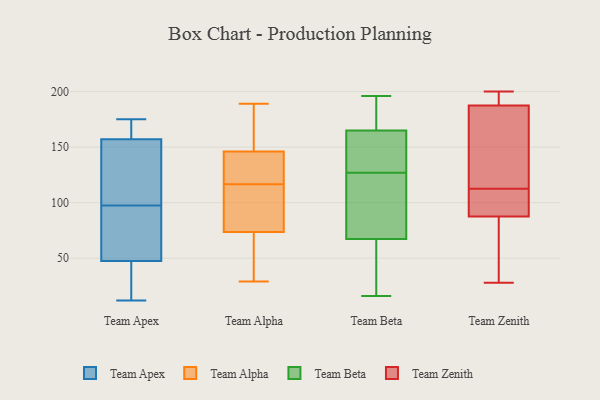
{"axis": {"x": "Temperature (°C)", "y": "Value"}, "legend": ["Team Alpha", "Team Apex", "Team Beta", "Team Zenith"], "data": [{"x": "", "y": 102, "type": "Team Apex"}, {"x": "", "y": 91, "type": "Team Apex"}, {"x": "", "y": 16, "type": "Team Apex"}, {"x": "", "y": 93, "type": "Team Apex"}, {"x": "", "y": 164, "type": "Team Apex"}, {"x": "", "y": 175, "type": "Team Apex"}, {"x": "", "y": 150, "type": "Team Apex"}, {"x": "", "y": 12, "type": "Team Apex"}, {"x": "", "y": 170, "type": "Team Apex"}, {"x": "", "y": 72, "type": "Team Apex"}, {"x": "", "y": 149, "type": "Team Apex"}, {"x": "", "y": 23, "type": "Team Apex"}, {"x": "", "y": 49, "type": "Team Alpha"}, {"x": "", "y": 75, "type": "Team Alpha"}, {"x": "", "y": 89, "type": "Team Alpha"}, {"x": "", "y": 189, "type": "Team Alpha"}, {"x": "", "y": 47, "type": "Team Alpha"}, {"x": "", "y": 66, "type": "Team Alpha"}, {"x": "", "y": 189, "type": "Team Alpha"}, {"x": "", "y": 96, "type": "Team Alpha"}, {"x": "", "y": 138, "type": "Team Alpha"}, {"x": "", "y": 147, "type": "Team Alpha"}, {"x": "", "y": 165, "type": "Team Alpha"}, {"x": "", "y": 89, "type": "Team Alpha"}, {"x": "", "y": 72, "type": "Team Alpha"}, {"x": "", "y": 106, "type": "Team Alpha"}, {"x": "", "y": 29, "type": "Team Alpha"}, {"x": "", "y": 130, "type": "Team Alpha"}, {"x": "", "y": 152, "type": "Team Alpha"}, {"x": "", "y": 127, "type": "Team Alpha"}, {"x": "", "y": 145, "type": "Team Alpha"}, {"x": "", "y": 130, "type": "Team Alpha"}, {"x": "", "y": 168, "type": "Team Beta"}, {"x": "", "y": 196, "type": "Team Beta"}, {"x": "", "y": 164, "type": "Team Beta"}, {"x": "", "y": 127, "type": "Team Beta"}, {"x": "", "y": 65, "type": "Team Beta"}, {"x": "", "y": 107, "type": "Team Beta"}, {"x": "", "y": 68, "type": "Team Beta"}, {"x": "", "y": 157, "type": "Team Beta"}, {"x": "", "y": 163, "type": "Team Beta"}, {"x": "", "y": 84, "type": "Team Beta"}, {"x": "", "y": 64, "type": "Team Beta"}, {"x": "", "y": 186, "type": "Team Beta"}, {"x": "", "y": 16, "type": "Team Beta"}, {"x": "", "y": 28, "type": "Team Zenith"}, {"x": "", "y": 112, "type": "Team Zenith"}, {"x": "", "y": 85, "type": "Team Zenith"}, {"x": "", "y": 190, "type": "Team Zenith"}, {"x": "", "y": 90, "type": "Team Zenith"}, {"x": "", "y": 200, "type": "Team Zenith"}, {"x": "", "y": 185, "type": "Team Zenith"}, {"x": "", "y": 101, "type": "Team Zenith"}, {"x": "", "y": 49, "type": "Team Zenith"}, {"x": "", "y": 92, "type": "Team Zenith"}, {"x": "", "y": 198, "type": "Team Zenith"}, {"x": "", "y": 56, "type": "Team Zenith"}, {"x": "", "y": 127, "type": "Team Zenith"}, {"x": "", "y": 143, "type": "Team Zenith"}, {"x": "", "y": 113, "type": "Team Zenith"}, {"x": "", "y": 194, "type": "Team Zenith"}]}